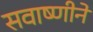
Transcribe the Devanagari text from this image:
सवाष्णीने